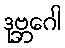
ဒုဗ္ဘဂေါ